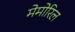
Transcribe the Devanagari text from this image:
मेमोरिल